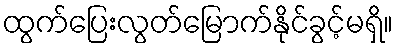
ထွက်ပြေးလွတ်မြောက်နိုင်ခွင့်မရှိ။